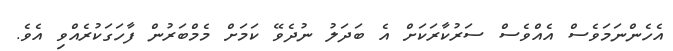
އެހެންނަމަވެސް އެއްވެސް ސަރުކާރަކަށް އެ ބަދަލު ނުދެވޭ ކަމަށް މެމްބަރުން ފާހަގަކުރެއްވި އެވެ.